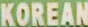
KOREAN